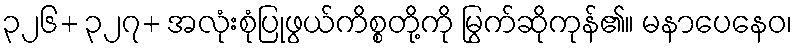
၃၂၆+ ၃၂၇+ အလုံးစုံပြုဖွယ်ကိစ္စတို့ကို မြွက်ဆိုကုန်၏။ မနာပေနေဝ၊